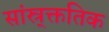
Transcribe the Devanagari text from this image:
सांस्र्क्ततिक